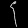
Digit: ၄